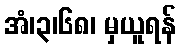
အံ၊၃၊၆၈၊ မှယူရန်